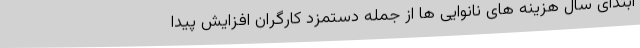
ابتدای سال هزینه های نانوایی ها از جمله دستمزد کارگران افزایش پیدا